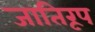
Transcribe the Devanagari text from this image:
जातिरूप